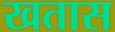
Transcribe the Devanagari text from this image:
खतास